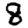
Digit: 8